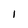
Character: 1